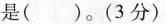
是( )。(3分)